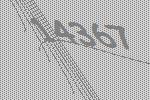
14367